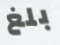
بلغ